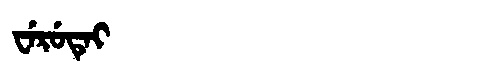
Manchu: ᠸᡝᡵᡠᡨᡝᡳ
Romanization: WERUTEI